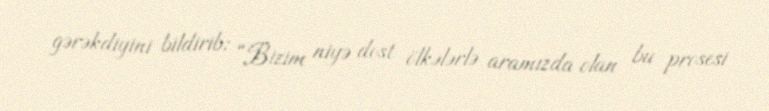
gərəkdiyini bildirib: “Bizim niyə dost ölkələrlə aramızda olan bu prosesi